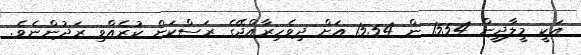
އަކީ މީލާދީން 1554 ން 1554 އަށް ދިވެހިރާއްޖޭގެ ރަސްކަން ކުރެއްވި ރަދުންނެވެ.